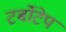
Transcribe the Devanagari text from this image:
टर्बोटेप